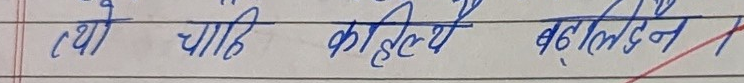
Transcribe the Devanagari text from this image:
थे चाहि काहिल्यै बदल्दैन